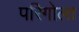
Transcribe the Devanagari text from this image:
परिगोला